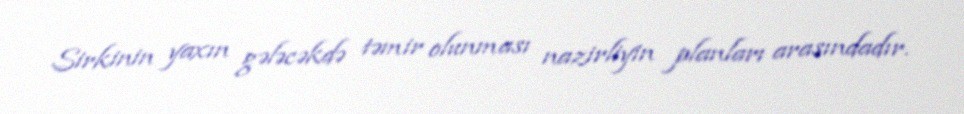
Sirkinin yaxın gələcəkdə təmir olunması nazirliyin planları arasındadır.